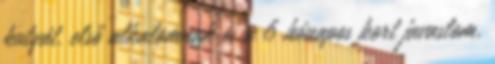
kutyát. első alkalomnak és a 6 hónapos kort javaslom,